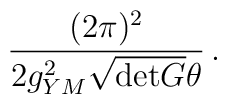
\frac{(2\pi)^{2}}{2g_{YM}^{2}\sqrt{{\rm det} G} \theta} \, .